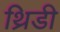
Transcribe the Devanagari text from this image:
थ्रिडी